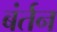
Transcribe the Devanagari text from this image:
बंर्तन